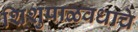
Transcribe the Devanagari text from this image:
शिशुपाळवधाचे